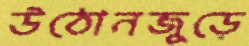
উঠোনজুড়ে